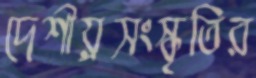
দেশীয়্রসংস্কৃতির